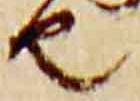
由